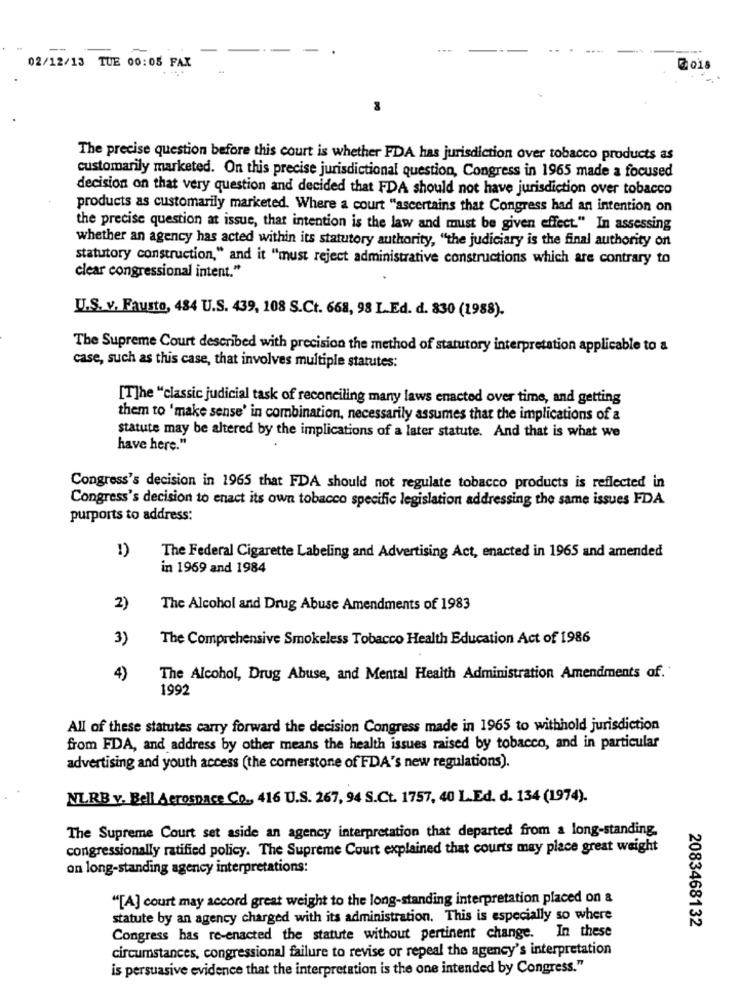
--
-
02/12/13 TUE 00:05 FAX
2018
The precise question before this court is whether FDDA has jurisdiction over tobacco products as
customarily marketed. On this precise jurisdictional question, Congress in 1965 made a focused
decision on that very question and decided that FDA should not have jurisdiction over tobacco
products as customarily marketed. Where a court "ascertains that Congress had an intention on
the precise question at issue, that intention is the law and must be given effect" In assessing
whether an agency has acted within its statutory authority, "the judiciary is the final authority on
statutory construction," and it "must reject administrative constructions which are contrary to
clear congressional intent."
U.S. v. Fausto, 484 U.S. 439, 108 S.Ct. 668, 98 L.Ed. d. 830 (1988).
The Supreme Court described with precision the method of statutory interpretation applicable to a
case, such as this case, that involves multiple statutes:
[T]he "classic judicial task of reconciling many laws enacted over time, and getting
them to 'make sense' in combination, necessarily assumes that the implications of a
statute may be altered by the implications of a later statute. And that is what we
have here."
Congress's decision in 1965 that FDA should not regulate tobacco products is reflected in
Congress's decision to enact its own tobacco specific legislation addressing the same issues FDA
purports to address:
1)
The Federal Cigarette Labeling and Advertising Act, enacted in 1965 and amended
in 1969 and 1984
2)
The Alcohol and Drug Abuse Amendments of 1983
3)
The Comprehensive Smokeless Tobacco Health Education Act of 1986
4)
The Alcohol, Drug Abuse, and Mental Health Administration Amendments of.
1992
All of these statutes carry forward the decision Congress made in 1965 to withhold jurisdiction
from FDA, and address by other means the health issues raised by tobacco, and in particular
advertising and youth access (the cornerstone of FDA's new regulations).
NLRB v. Bell Aerospace Co ., 416 U.S. 267, 94 S.Ct. 1757, 40 L.Ed. d. 134 (1974).
The Supreme Court set aside an agency interpretation that departed from a long-standing.
congressionally ratified policy. The Supreme Court explained that courts may place great weight
on long-standing agency interpretations:
"[A] court may accord great weight to the long-standing interpretation placed on &
statute by an agency charged with its administration. This is especially so where
2083468132
Congress has re-enacted the statute without pertinent change. In these
circumstances, congressional failure to revise or repeal the agency's interpretation
is persuasive evidence that the interpretation is the one intended by Congress."